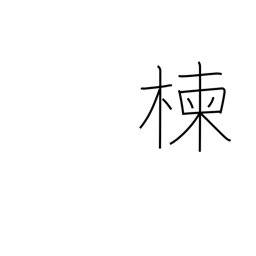
Meaning: Japanese bead tree